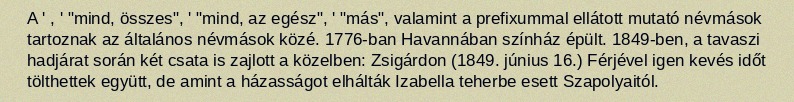
A ' , ' "mind, összes", ' "mind, az egész", ' "más", valamint a prefixummal ellátott mutató névmások tartoznak az általános névmások közé. 1776-ban Havannában színház épült. 1849-ben, a tavaszi hadjárat során két csata is zajlott a közelben: Zsigárdon (1849. június 16.) Férjével igen kevés időt tölthettek együtt, de amint a házasságot elhálták Izabella teherbe esett Szapolyaitól.